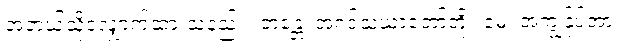
အဘယ်သို့လျှောက်ထားသနည်း။ ဘန္တေ၊ အရှင်သံဃာတော်တို့။ မေ၊ အကျွန်ုပ်အား။